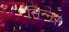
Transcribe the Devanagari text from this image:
सिन्‍नर